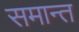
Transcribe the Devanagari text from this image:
समान्त